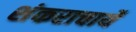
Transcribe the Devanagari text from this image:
शंकराचार्ये